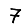
Digit: 7